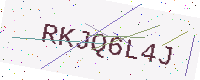
Text: RKJQ6L4J